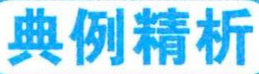
典例精析